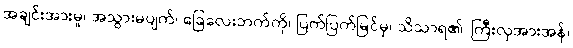
အချင်းအားမူ၊ အသွားမပျက်၊ ခြေလေးဘက်ကို၊ ပြက်ပြက်မြင်မှ၊ သိသာရ၏၊ ကြီးလှအားအန်၊